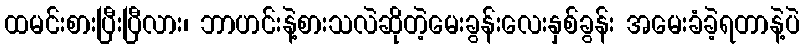
ထမင်းစားပြီးပြီလား၊ ဘာဟင်းနဲ့စားသလဲဆိုတဲ့မေးခွန်းလေးနှစ်ခွန်း အမေးခံခဲ့ရတာနဲ့ပဲ